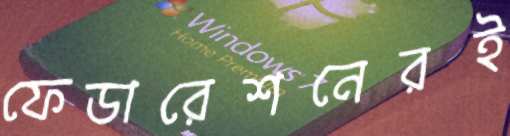
ফেডারেশনেরই